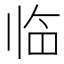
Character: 临